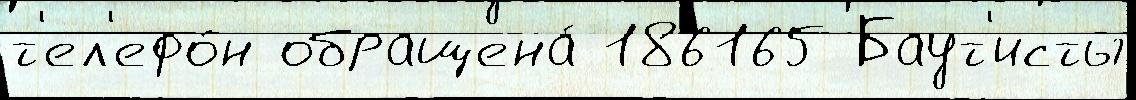
т'ел'ефо́н обращена́ 186165 Баут'исты